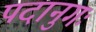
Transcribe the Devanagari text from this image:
पदानुगः